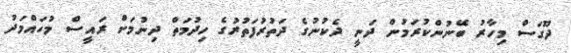
ދޫގަސް މިހާރު ބޭނުންކުރަމުން ދަނީ ދެކުނުގެ ދަތުރުފަތުރުގެ ހިދުމަތް ދިނުމަށް ރައީސް މުހައްމަދު